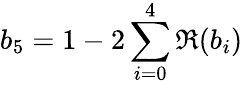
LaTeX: b_{5}=1-2\sum_{i=0}^{4}\Re(b_{i})